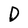
Character: D